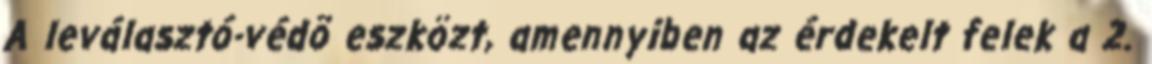
A leválasztó-védõ eszközt, amennyiben az érdekelt felek a 2.